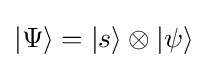
|\Psi \rangle =|s\rangle \otimes |\psi \rangle